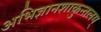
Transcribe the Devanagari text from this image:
अभिज्ञानशाकुन्तलम्‌